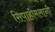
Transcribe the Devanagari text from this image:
सिपाहीमलानी